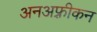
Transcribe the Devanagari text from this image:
अनअफ़्रीकन